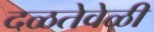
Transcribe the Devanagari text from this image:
दळतेवेळी